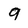
Character: 9